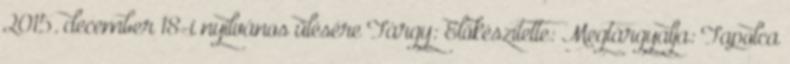
2015. december 18-i nyilvános ülésére Tárgy: Előkészítette: Megtárgyalja: Tapolca